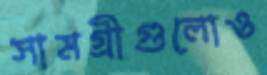
সামগ্রীগুলোও